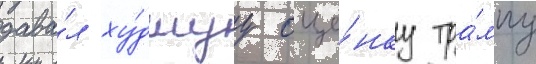
дава́л ху́дшуу оце́нку тра́мпу